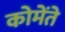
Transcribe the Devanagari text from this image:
कोमेंते